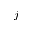
j